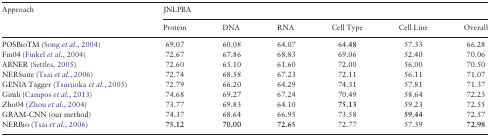
<table><thead><tr><td><b>Approach</b></td><td colspan="6"><b>JNLPBA</b></td></tr><tr><td></td><td><b>Protein</b></td><td><b>DNA</b></td><td><b>RNA</b></td><td><b>Cell Type</b></td><td><b>Cell Line</b></td><td><b>Overall</b></td></tr></thead><tbody><tr><td>POSBioTM (Song <i>et al.</i>, 2004)</td><td>69.07</td><td>60.08</td><td>64.07</td><td>64.<b>48</b></td><td>57.33</td><td>66.28</td></tr><tr><td>Fin04 (Finkel <i>et al.</i>, 2004)</td><td>72.67</td><td>67.86</td><td>68.83</td><td>69.06</td><td>52.40</td><td>70.06</td></tr><tr><td>ABNER (Settles, 2005)</td><td>72.60</td><td>65.10</td><td>61.60</td><td>72.00</td><td>56.00</td><td>70.50</td></tr><tr><td>NERSuite (Tsai <i>et al.</i>, 2006)</td><td>72.74</td><td>68.58</td><td>67.23</td><td>72.11</td><td>56.11</td><td>71.07</td></tr><tr><td>GENIA Tagger (Tsuruoka <i>et al.</i>, 2005)</td><td>72.79</td><td>66.20</td><td>64.29</td><td>74.31</td><td>57.81</td><td>71.37</td></tr><tr><td>Gimli (Campos <i>et al.</i>, 2013)</td><td>74.68</td><td>69.27</td><td>67.24</td><td>70.49</td><td>58.64</td><td>72.23</td></tr><tr><td>Zho04 (Zhou <i>et al.</i>, 2004)</td><td>73.77</td><td>69.83</td><td>64.10</td><td><b>75.13</b></td><td>59.23</td><td>72.55</td></tr><tr><td>GRAM-CNN (our method)</td><td>74.37</td><td>68.64</td><td>66.95</td><td>73.58</td><td><b>59.44</b></td><td>72.57</td></tr><tr><td>NERBio (Tsai <i>et al.</i>, 2006)</td><td><b>75.12</b></td><td><b>70.00</b></td><td><b>72.65</b></td><td>72.77</td><td>57.39</td><td><b>72.98</b></td></tr></tbody></table>